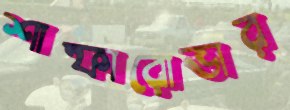
শাফারোভার